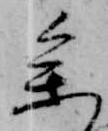
参